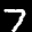
Label: 7